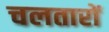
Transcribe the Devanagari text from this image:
चलतारों